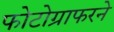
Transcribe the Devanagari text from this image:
फोटोग्राफरने